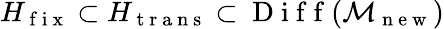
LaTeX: H_{\mathrm{~f~i~x~}}\subset H_{\mathrm{~t~r~a~n~s~}}\subset\mathrm{~D~i~f~f~}(\mathcal{M}_{\mathrm{~n~e~w~}})